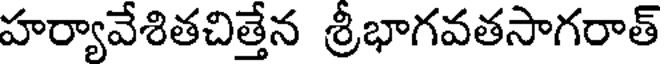
హర్యావేశితచిత్తేన శ్రీభాగవతసాగరాత్